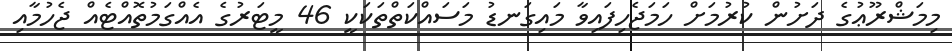
މިމަޝްރޫޢުގެ ދަށުން ކުރުމަށް ހަމަޖެހިފައިވާ މައިގަނޑު މަސައްކަތްތަކަކީ 46 މީޓަރުގެ އެއްގަމުތޮއްޓެއް ޖެހުމާއި